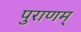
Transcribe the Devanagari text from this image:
पुराणम्‌